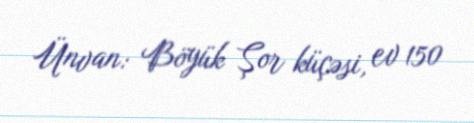
Ünvan: Böyük Şor küçəsi, ev 150